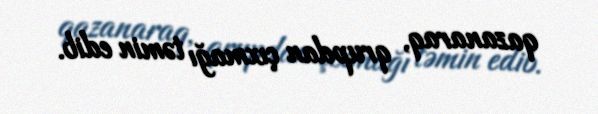
qazanaraq, qrupdan çıxmağı təmin edib.